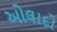
ઓલાદો